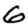
Digit: 6